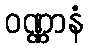
ဝဏ္ဏာနံ